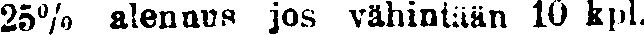
25% alennus jos vähintään 10 kpl.